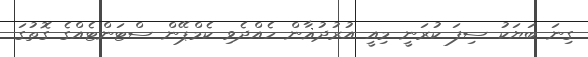
ގިނަ ބަޔަކު ސިފަ ކުރަނީ މިއީ އުރުދުޣާން ހެއްދެވި ކެމްޕޭން ސްޓަންޓެއްގެ ގޮތުގަ